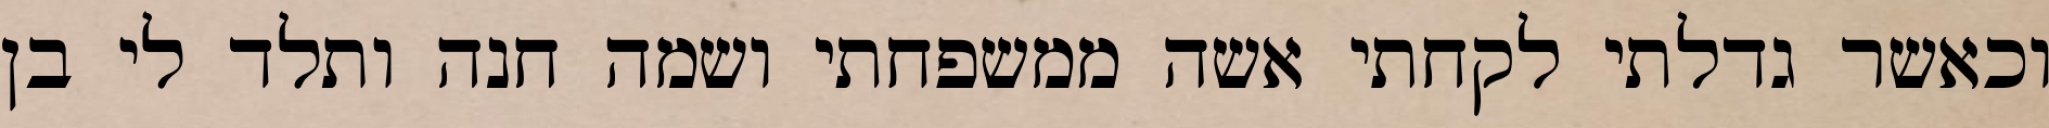
וכאשר גדלתי לקחתי אשה ממשפחתי ושמה חנה ותלד לי בן